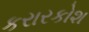
કરારકોશ